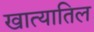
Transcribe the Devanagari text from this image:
खात्यातिल